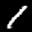
Label: 1